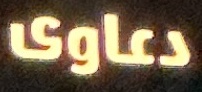
دعاوى